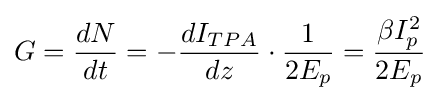
G={\frac {dN}{dt}}=-{\frac {dI_{TPA}}{dz}}\cdot {\frac {1}{2E_{p}}}={\frac {\beta I_{p}^{2}}{2E_{p}}}